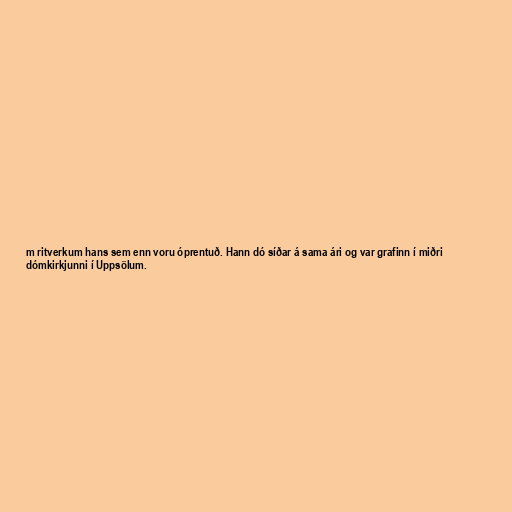
m ritverkum hans sem enn voru óprentuð. Hann dó síðar á sama ári og var grafinn í miðri
dómkirkjunni í Uppsölum.